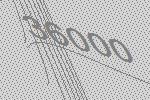
36000